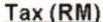
TAX (RM)